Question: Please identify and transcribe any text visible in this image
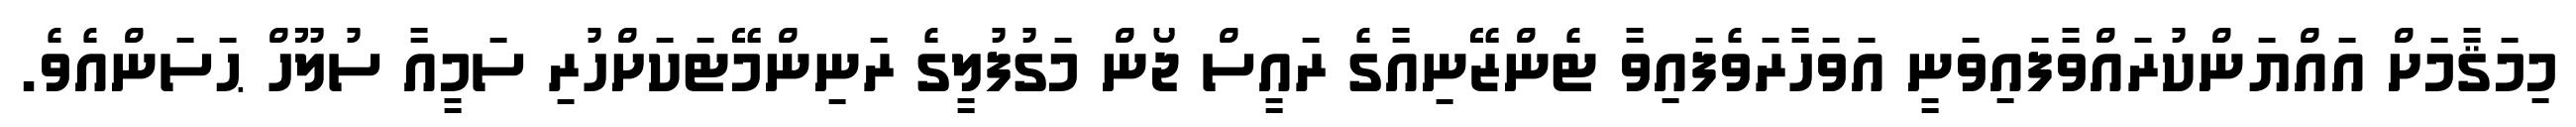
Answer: މިމަޤާމަށް އައްޔަންކުރައްވާފައިވަނީ އަވަހާރަވެފައިވާ ޓެންޒޭނިއާގެ ރައީސް ޖޯން މަގުފުލީގެ ރަނިންމޭޓަކަށްހުރި ސަމީއާ ސުލޫހް ޙަސަންއެވެ.